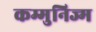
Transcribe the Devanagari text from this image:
कम्मुनिज्म